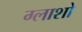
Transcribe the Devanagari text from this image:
ग्लाशो